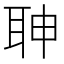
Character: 䎶